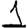
Digit: 1